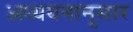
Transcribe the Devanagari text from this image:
अध्ययनानुसार